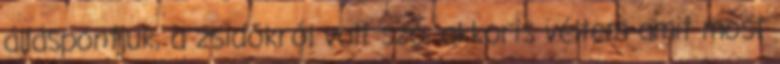
álláspontjuk, a zsidókról volt szó, akkoris véltem amit most